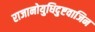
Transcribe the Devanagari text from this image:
राजानोयुधिदुष्टवाजिन